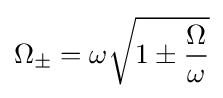
\Omega _{\pm }=\omega {\sqrt {1\pm {\frac {\Omega }{\omega }}}}